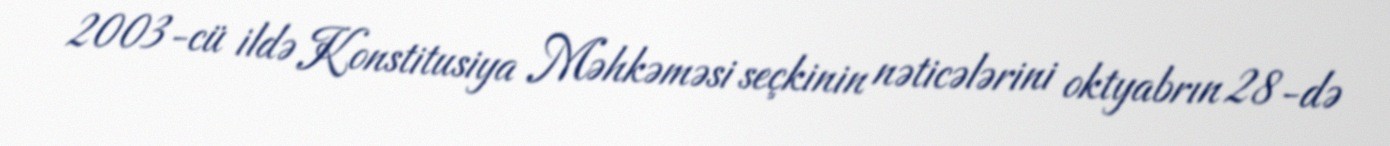
2003-cü ildə Konstitusiya Məhkəməsi seçkinin nəticələrini oktyabrın 28-də